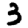
Digit: 3